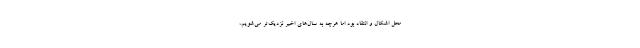
محل اشکال و انتقاد بود اما هرچه به سال‌های اخیر نزدیک‌تر می‌شویم،